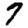
Digit: 7